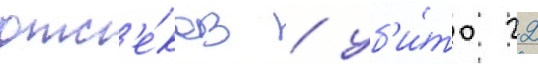
отс'е́ков / уб'и́то 22